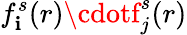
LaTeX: f_{\mathbf{i}}^{s}(r)\cdotf_{j}^{s}(r)